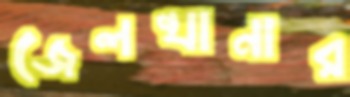
জেলখানার